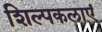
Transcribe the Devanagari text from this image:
शिल्पकलाएं